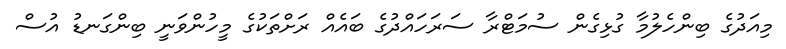
މިއަދުގެ ބިންހެލުމާ ގުޅިގެން ސުމަޓްރާ ސަރަހައްދުގެ ބައެއް ރަށްތަކުގެ މީހުންވަނީ ބިންގަނޑު އުސް